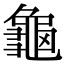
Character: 龜